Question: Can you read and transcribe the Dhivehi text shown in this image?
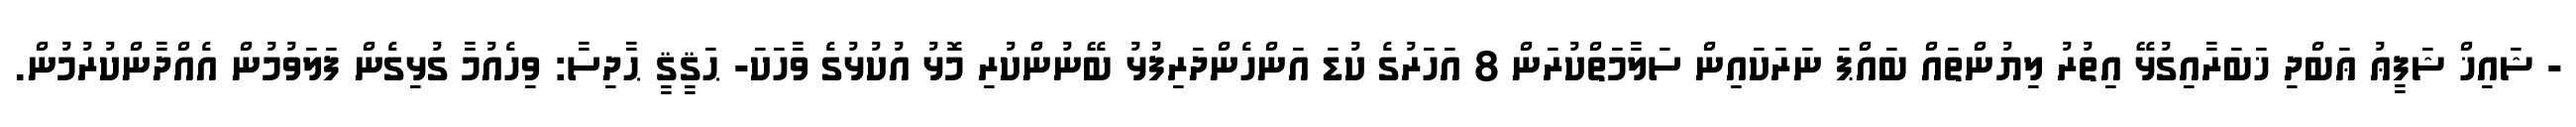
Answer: - ޝައިޚް ޝަފީޢު ޢަބްދި ޚަބަރާއިގުޅޭ އިތުރު ލިޔުންތައް ބައްޕަ ނަރަކައިން ސަލާމަތްކުރަން 8 އަހަރުގެ ކުޑަ އަންހެންދަރިފުޅު ބޭނުންކުރި މޮޅު އުކުޅުގެ ވާހަކަ- ޙަޤީޤީ ޙާދިސާ: ވިހެއުމާ ގުޅިގެން ފަލަވުމުން އެއްދާންކުރުމުން.